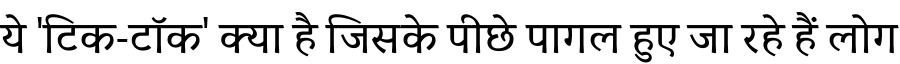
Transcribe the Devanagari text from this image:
ये 'टिक-टॉक' क्या है जिसके पीछे पागल हुए जा रहे हैं लोग